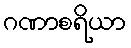
ဂဏာစရိယာ